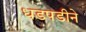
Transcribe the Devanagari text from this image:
धडपडीने